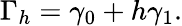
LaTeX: \Gamma_{h}=\gamma_{0}+h\gamma_{1}.